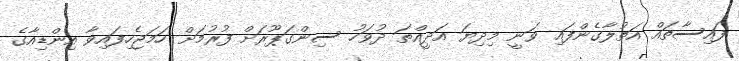
ފައިސާތައް އަތުލާގެންފައި ވަނީ މިދިޔަ އަދީއްތަ ދުވަހު ސިންގަޕޫރަށް ފުރުމަށް ހަމަޖެހިފައިވާ އިންޑިއާގެ